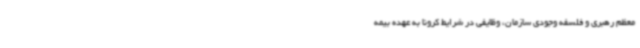
معظم رهبری و فلسفه وجودی سازمان، وظایفی در شرایط کرونا به عهده بیمه